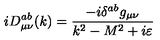
i D _ { \mu \nu } ^ { a b } ( k ) = \frac { - i \delta ^ { a b } g _ { \mu \nu } } { k ^ { 2 } - M ^ { 2 } + i \varepsilon }